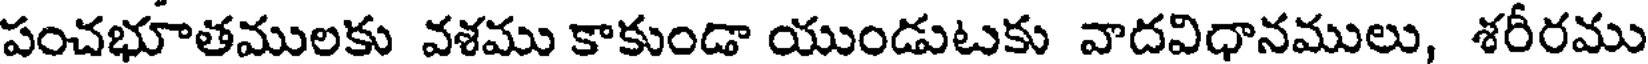
పంచభూతములకు వశము కాకుండా యుండుటకు వాదవిధానములు, శరీరము